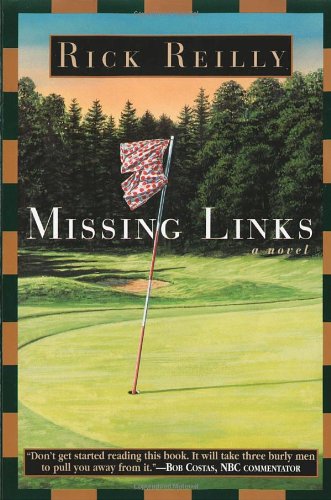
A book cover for Missing Links; Rick Reilly; Literature & Fiction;